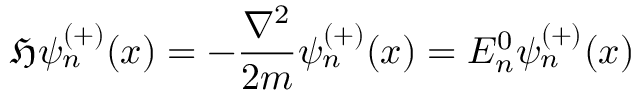
{ \mathfrak { H } } \psi _ { n } ^ { ( + ) } ( x ) = - { \frac { \nabla ^ { 2 } } { 2 m } } \psi _ { n } ^ { ( + ) } ( x ) = E _ { n } ^ { 0 } \psi _ { n } ^ { ( + ) } ( x )